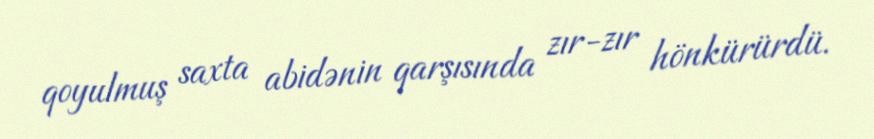
qoyulmuş saxta abidənin qarşısında zır-zır hönkürürdü.